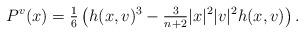
LaTeX: \begin{align*}P^{v}(x) = \tfrac{1}{6}\left(h(x, v)^{3} - \tfrac{3}{n+2}|x|^{2}|v|^{2}h(x, v)\right).\end{align*}